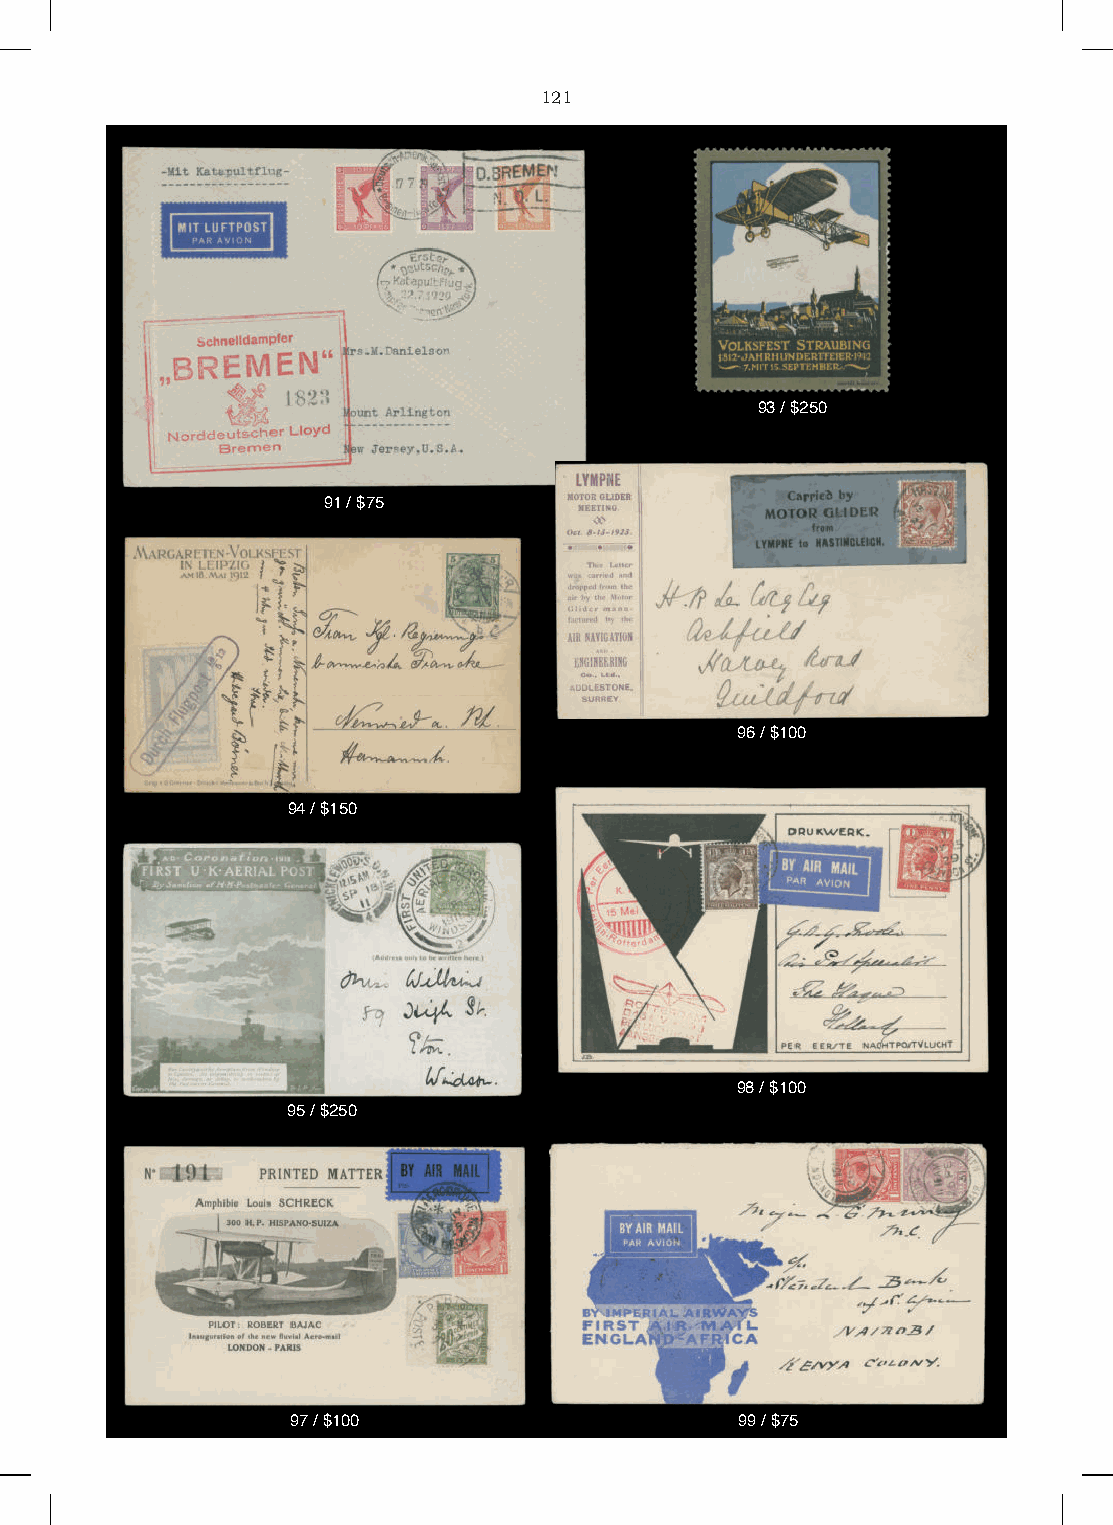
121
 93 / $250
 91 / $75
 96 / $100
 94 / $150
 98 / $100
 95 / $250
 97 / $100                     99 / $75